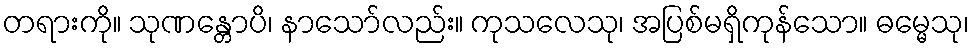
တရားကို။ သုဏန္တောပိ၊ နာသော်လည်း။ ကုသလေသု၊ အပြစ်မရှိကုန်သော။ ဓမ္မေသု၊